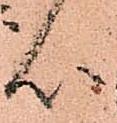
心